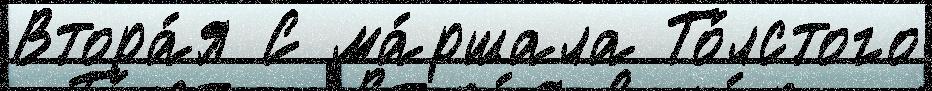
Втора́я С ма́ршала То́лстого